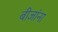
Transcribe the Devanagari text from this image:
बीजांना